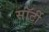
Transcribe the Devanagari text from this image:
साॅर्टी